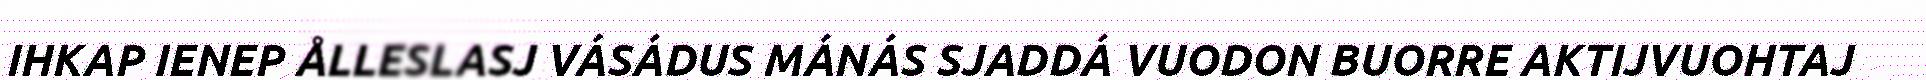
IHKAP IENEP ÅLLESLASJ VÁSÁDUS MÁNÁS SJADDÁ VUODON BUORRE AKTIJVUOHTAJ